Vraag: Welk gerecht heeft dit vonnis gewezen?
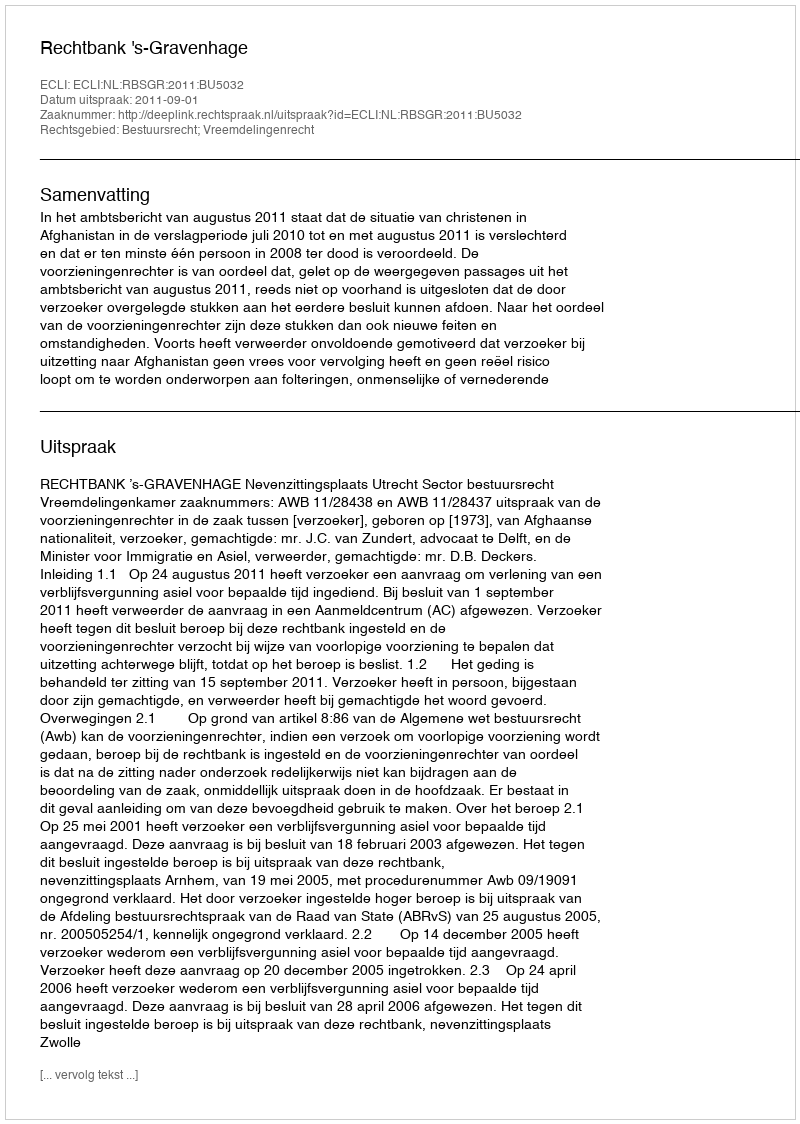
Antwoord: Rechtbank 's-Gravenhage